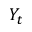
Y _ { t }